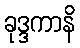
ခုဒ္ဒကာနိ